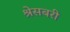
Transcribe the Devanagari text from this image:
श्रेसबरी